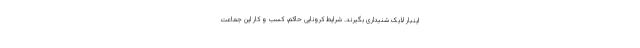
اینبار لایک شنیداری بگیرند. شرایط کرونایی حاکم، کسب و کار این جماعت